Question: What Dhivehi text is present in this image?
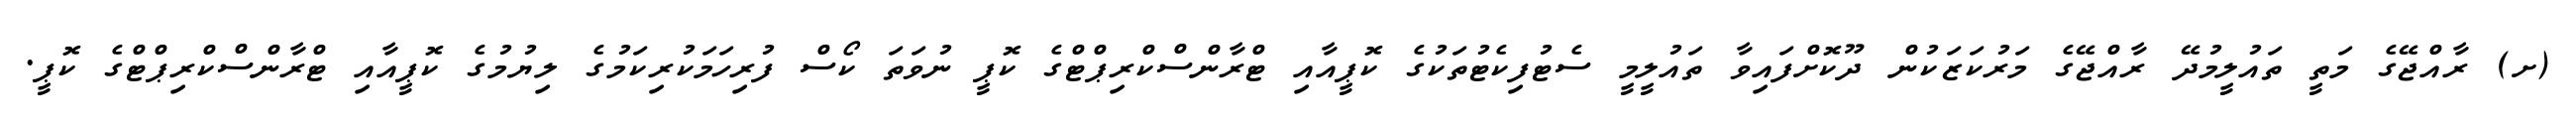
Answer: (ށ) ރާއްޖޭގެ މަތީ ތައުލީމުދޭ ރާއްޖޭގެ މަރުކަޒަކުން ދޫކޮށްފައިވާ ތައުލީމީ ސެޓުފިކެޓުތަކުގެ ކޮޕީއާއި ޓްރާންސްކްރިޕްޓްގެ ކޮޕީ ނުވަތަ ކޯސް ފުރިހަމަކުރިކަމުގެ ލިޔުމުގެ ކޮޕީއާއި ޓްރާންސްކްރިޕްޓްގެ ކޮޕީ.